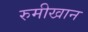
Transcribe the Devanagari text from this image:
रुमीखान